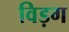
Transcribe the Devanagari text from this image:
विड़ग